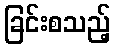
ခြင်းစသည့်